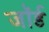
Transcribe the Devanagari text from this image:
जॉर्ड